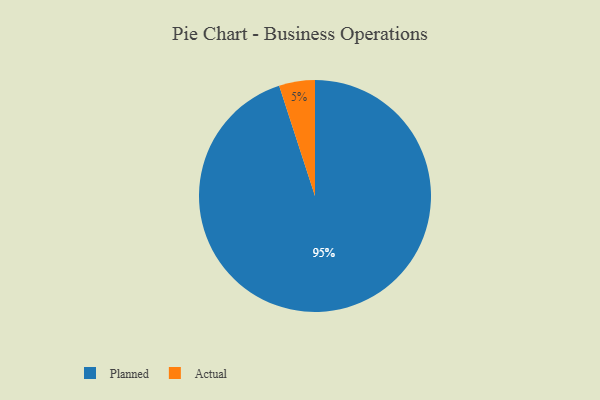
{"axis": {"x": "Category", "y": "Percentage"}, "legend": ["Actual", "Planned"], "data": [{"x": "Planned", "y": 95, "type": "Planned"}, {"x": "Actual", "y": 5, "type": "Actual"}]}